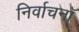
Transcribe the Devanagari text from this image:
निर्वाचनॉ